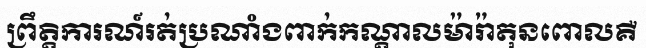
ព្រឹត្តិការណ៍រត់ប្រណាំងពាក់កណ្តាលម៉ារ៉ាតុនពោលគឺ